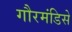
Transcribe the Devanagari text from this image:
गौरमंडिसे